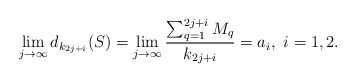
\begin{align*}\lim_{j\rightarrow\infty}d_{k_{2j+i}}(S)=\lim_{j\rightarrow\infty}\frac{\sum_{q=1}^{2j+i}M_q}{k_{2j+i}}=a_i, \,\,i=1,2.\end{align*}